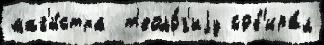
маг'и́стра  т'еоло́г'иjу соб'ира́л